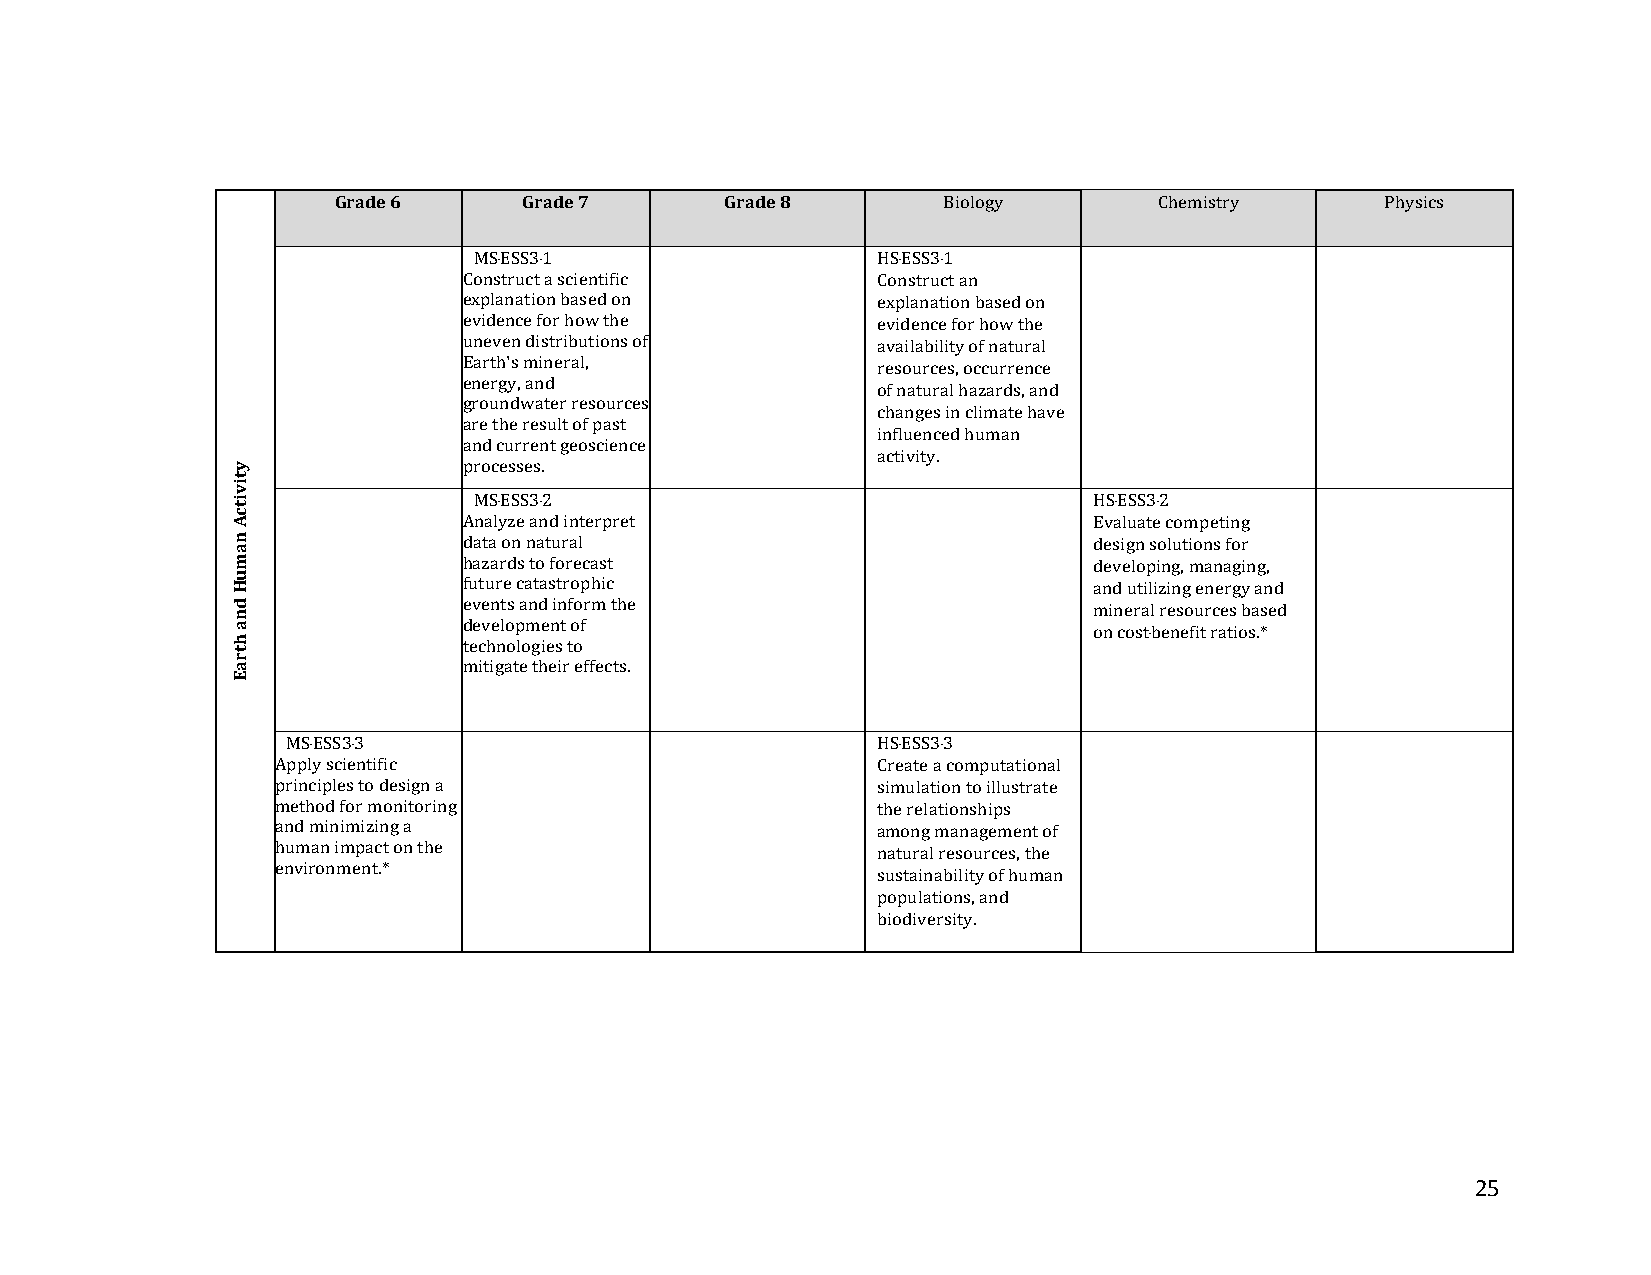
Grade 6      Grade 7      Grade 8       Biology        Chemistry      Physics
 MS‐ESS3‐1                  HS‐ESS3‐1
 Construct a scientific     Construct an
 explanation based on       explanation based on
 evidence for how the       evidence for how the
 uneven distributions of    availability of natural
 Earth's mineral,           resources, occurrence
 energy, and
 of natural hazards, and
 groundwater resources
 changes in climate have
 are the result of past
 influenced human
 and current geoscience
 activity.
 processes.
 MS‐ESS3‐2                                HS‐ESS3‐2
 Analyze and interpret                    Evaluate competing
 data on natural                          design solutions for
 hazards to forecast                      developing, managing,
 future catastrophic                      and utilizing energy and
 events and inform the                    mineral resources based
 development of
 on cost‐benefit ratios.*
 technologies to
 mitigate their effects.
 MS‐ESS3‐3                              HS‐ESS3‐3
 Apply scientific                        Create a computational
 principles to design a                  simulation to illustrate
 method for monitoring                   the relationships
 and minimizing a                        among management of
 human impact on the                     natural resources, the
 environment.*
 sustainability of human
 populations, and
 biodiversity.
 25
 ytivitcA
 namuH
 dna
 htraE